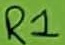
Text: R1